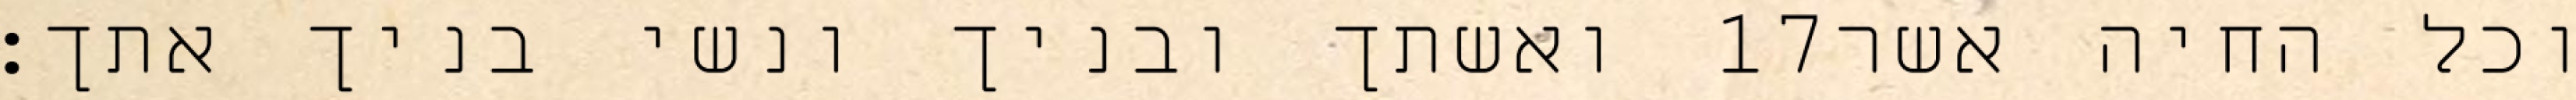
ואשתך ובניך ונשי בניך אתך׃ ‎17‏ וכל החיה אשר